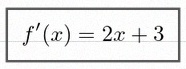
f'(x)=2x+3